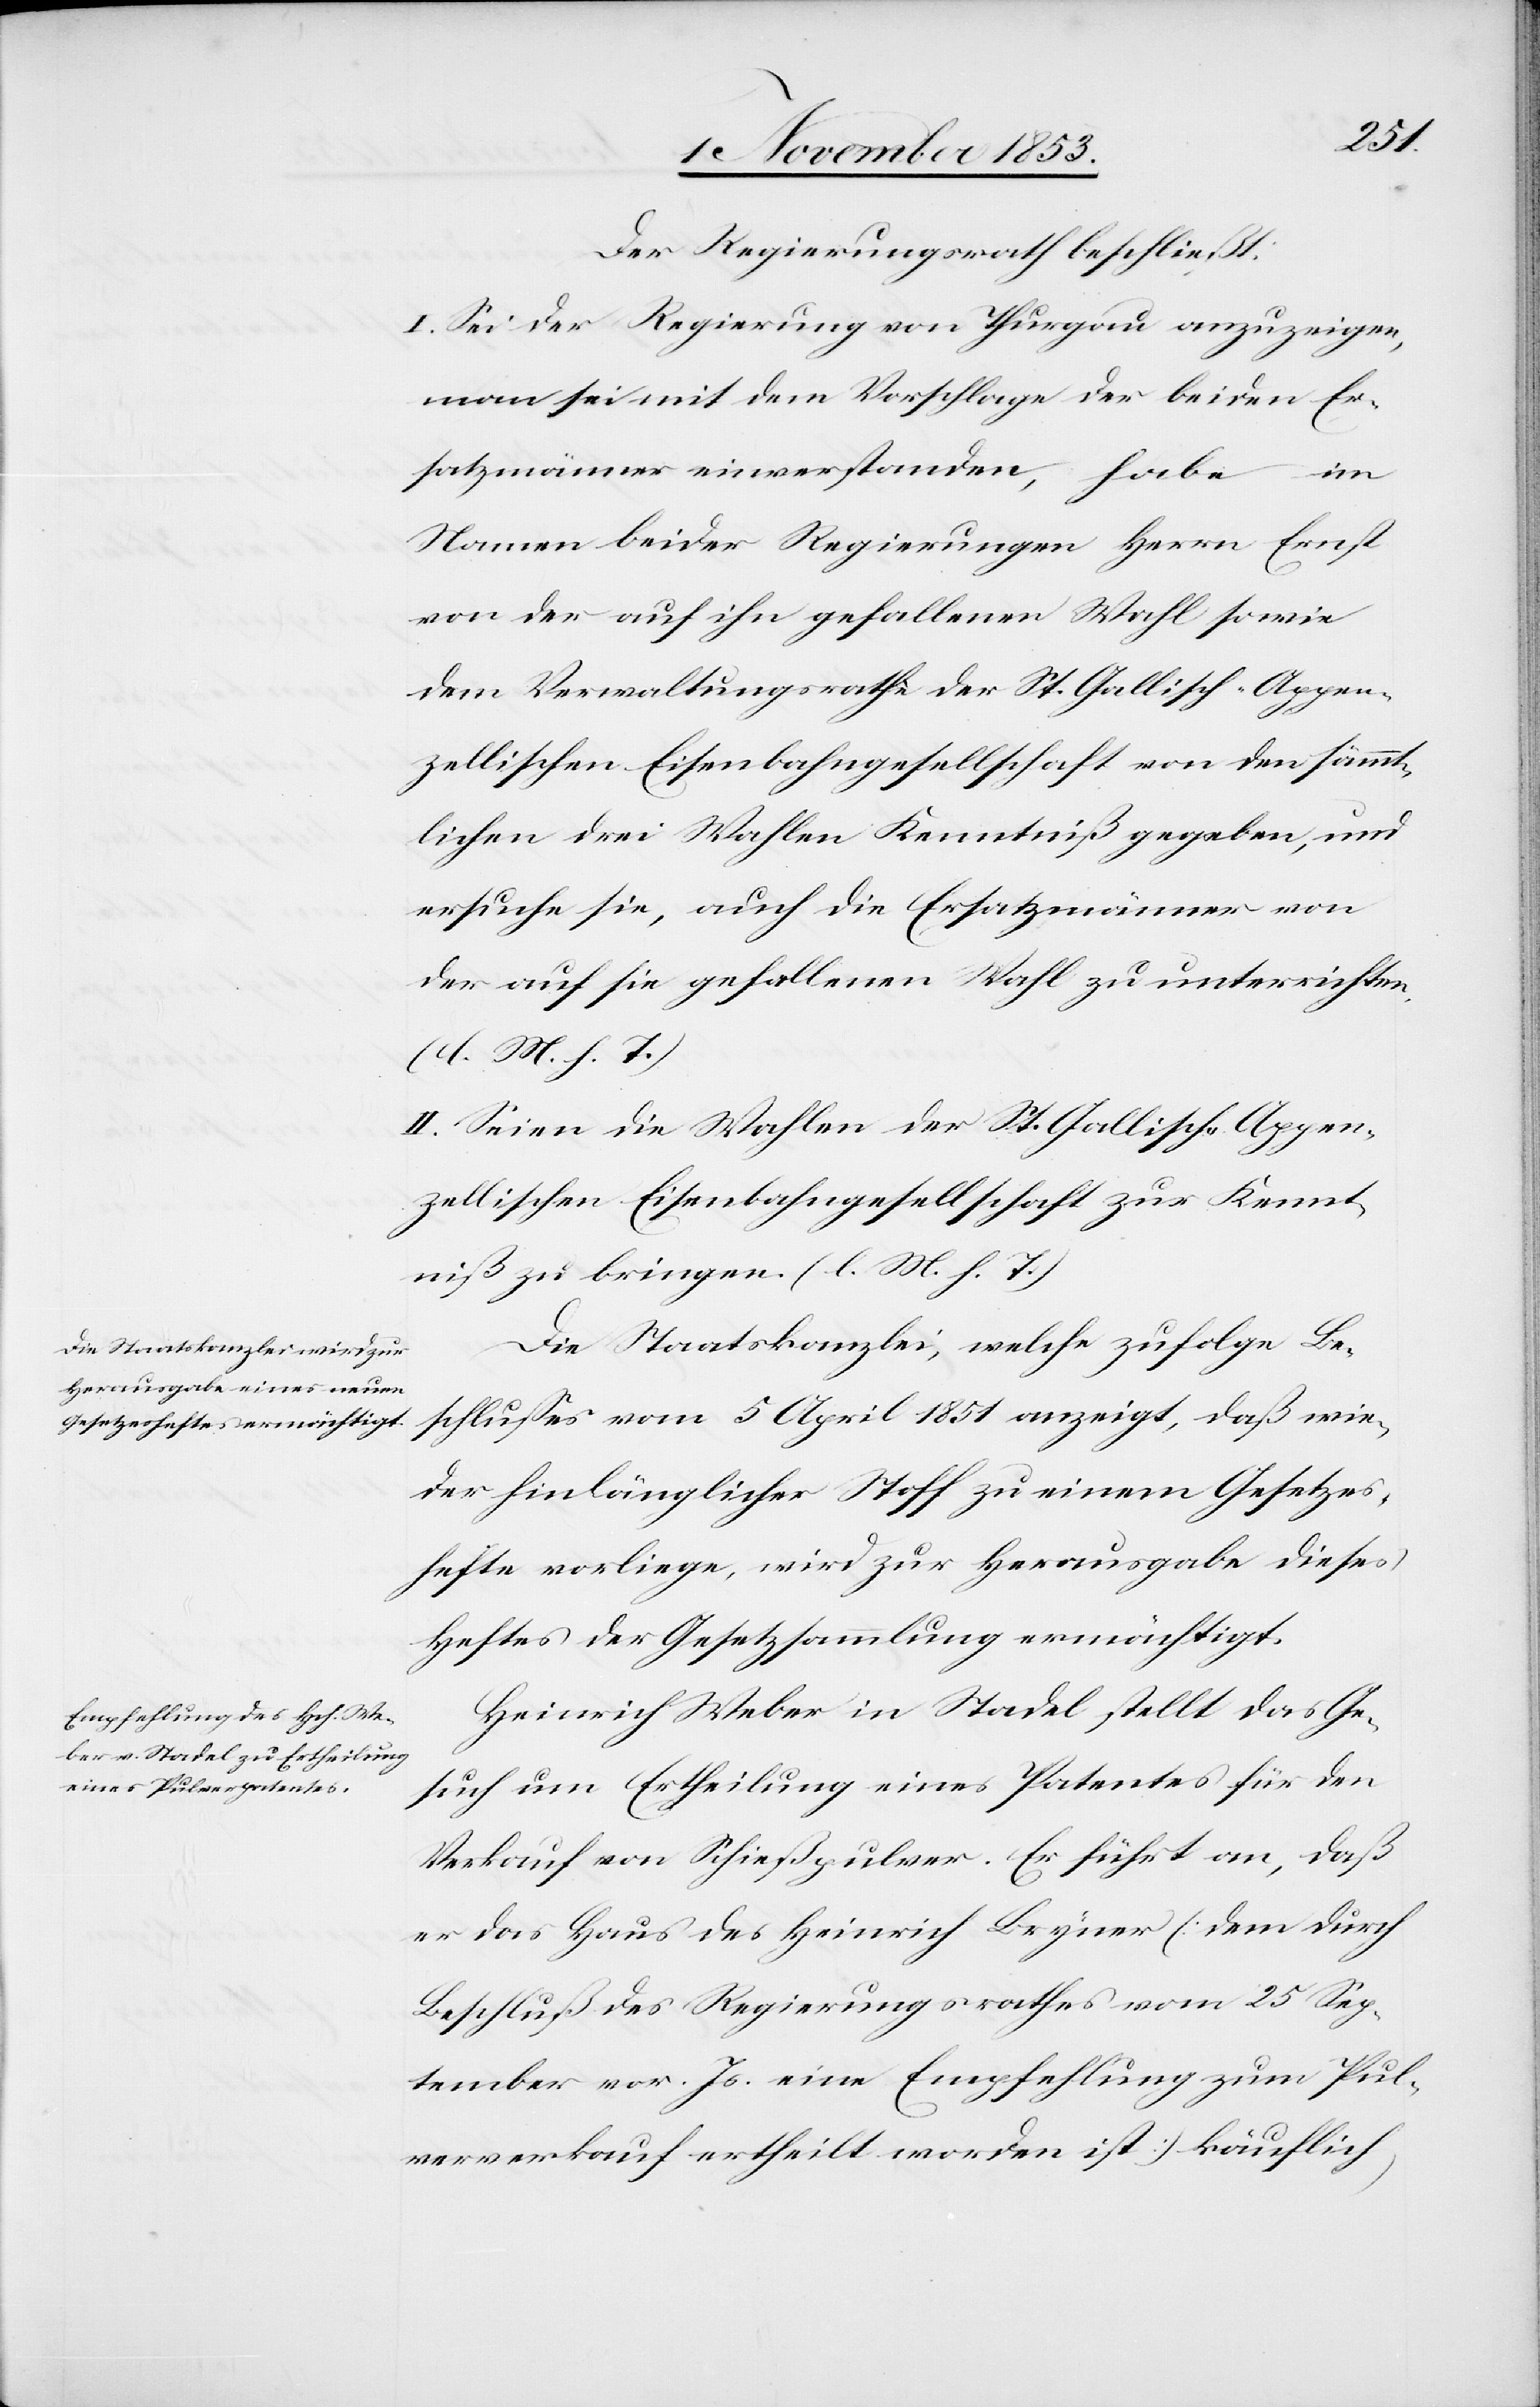
Der Regierungsrath beschließt:
I. Sei der Regierung von Thurgau anzuzeigen,
man sei mit dem Vorschlage der beiden Er¬
satzmänner einverstanden, habe im
Namen beider Regierungen Herrn Ernst
von der auf ihn gefallenen Wahl sowie
dem Verwaltungsrathe der St. Gallisch-Appen¬
zellischen Eisenbahngesellschaft von den sämmt¬
lichen drei Wahlen Kenntniß gegeben, und
ersuche sie, auch die Ersatzmänner von
der auf sie gefallenen Wahl zu unterrichten,
[l. M. h. T]
II. Seien die Wahlen der St. Gallisch-Appen¬
zellisch Eisenbahngesellschaft zur Kennt¬
niß zu bringen. [l. M. h. T]
Die Staatskanzlei, welche zufolge Be¬
schlußes vom 5 April 1851 anzeigt, daß wie¬
der hinlänglicher Stoff zu einem Gesetzes¬
hefte vorliege, wird zur Herausgabe dieses
Heftes der Gesetzessammlung ermächtigt.
Heinrich Weber in Stadel stellt das Ge¬
such um Ertheilung eines Patentes für den
Verkauf von Schießpulver. Er führt an, daß
er das Haus des Heinrich Beyner (dem durch
Beschluß des Regierungsrathes vom 25 Sep¬
tember vor. Js. eine Empfehlung zum Pul¬
ververkauf ertheilt worden ist) käuflich,